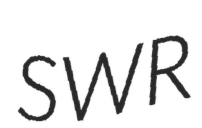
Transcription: SWR